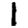
Digit: 1